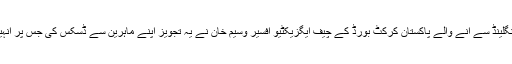
ذرائع کا کہنا ہے کہ انگلینڈ سے آنے والے پاکستان کرکٹ بورڈ کے چیف ایگزیکٹیو آفسیر وسیم خان نے یہ تجویز اپنے ماہرین سے ڈسکس کی جس پر انہیں بھرپور حمایت ملی۔